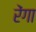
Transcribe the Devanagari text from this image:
रेंगा